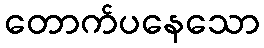
တောက်ပနေသော